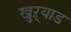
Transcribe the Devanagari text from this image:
खुऱ्याड